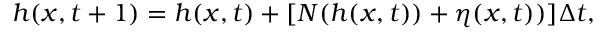
h ( x , t + 1 ) = h ( x , t ) + [ N ( h ( x , t ) ) + \eta ( x , t ) ) ] \Delta t ,